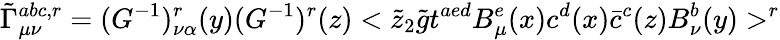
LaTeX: \tilde{\Gamma}_{\mu\nu}^{abc,r}=(G^{-1})_{\nu\alpha}^{r}(y)(G^{-1})^{r}(z)<\tilde{z}_{2}\tilde{g}t^{aed}B_{\mu}^{e}(x)c^{d}(x)\bar{c}^{c}(z)B_{\nu}^{b}(y)>^{r}